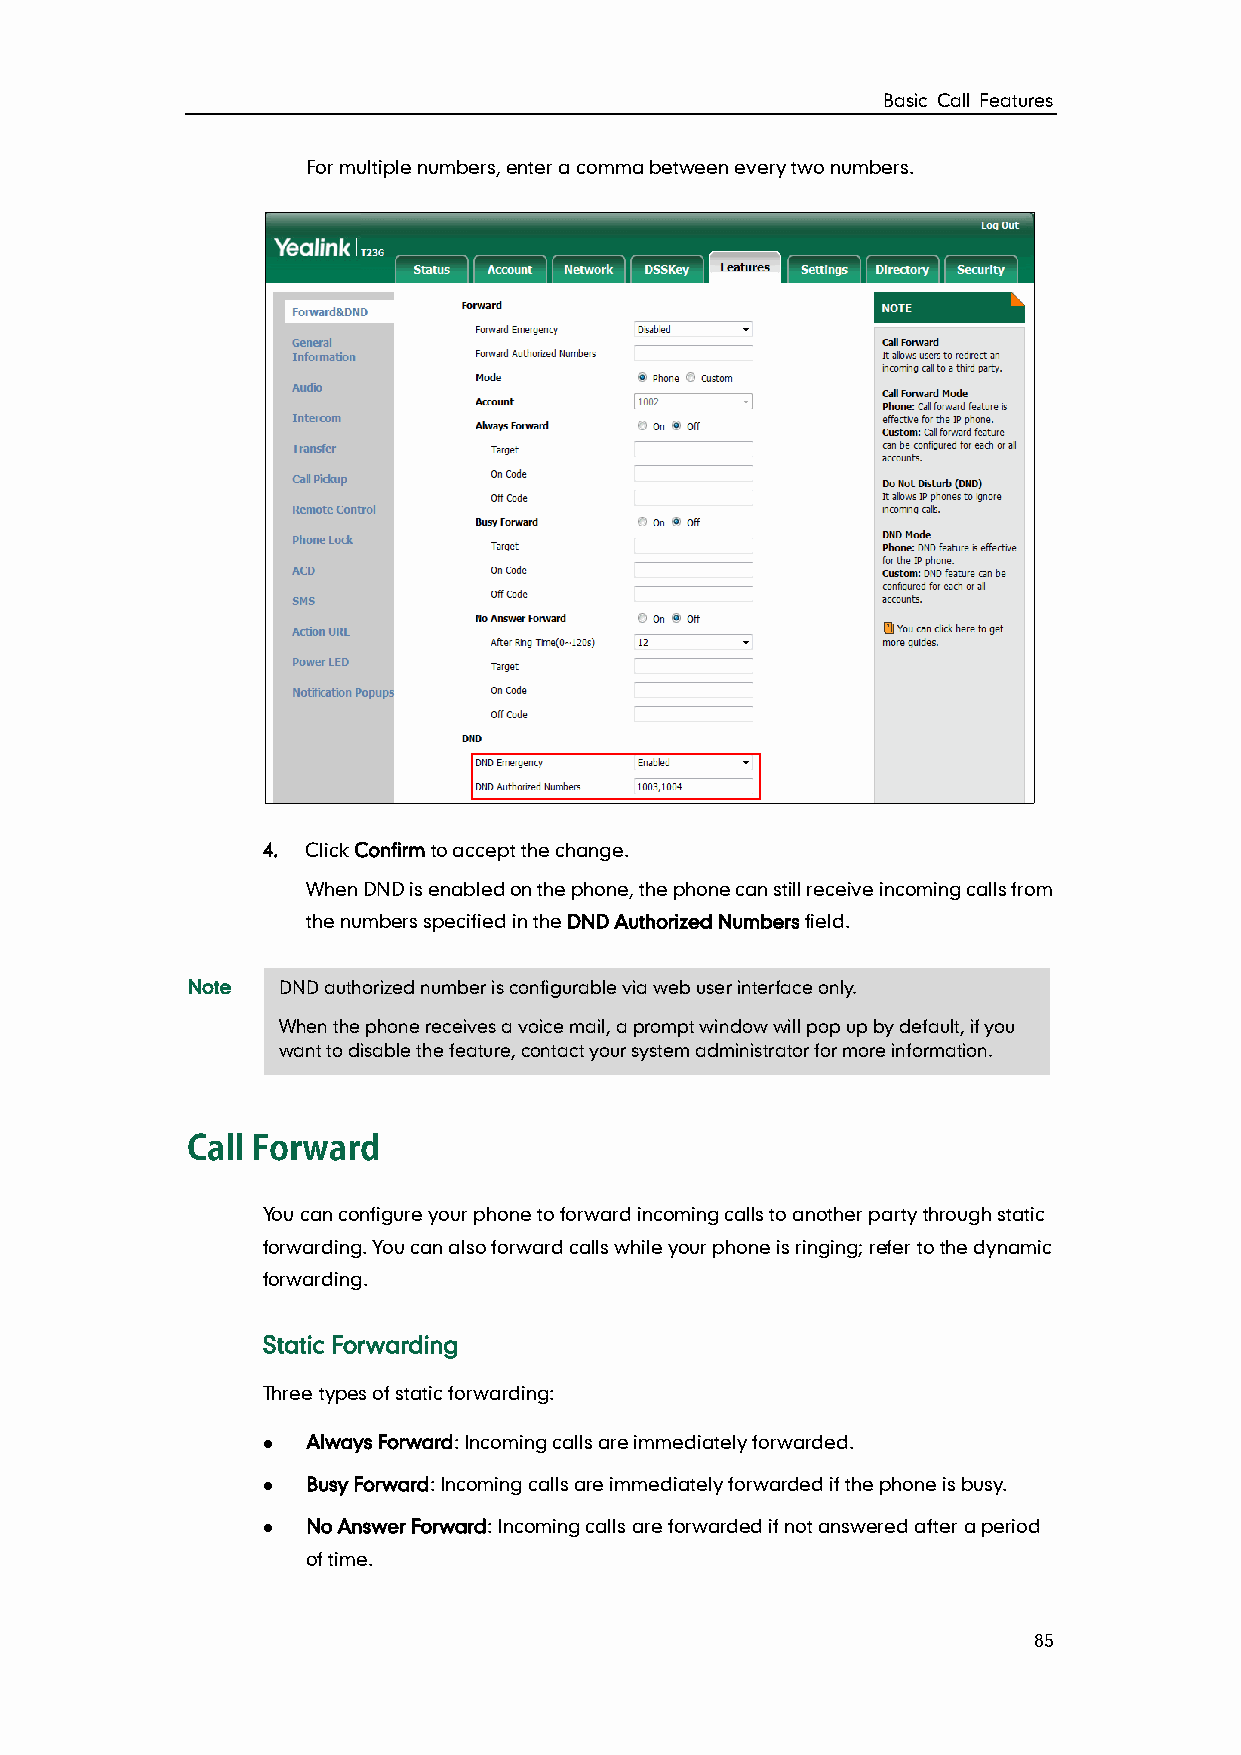
Basic Call Features
 For multiple numbers, enter a comma between every two numbers.
 4. Click Confirm to accept the change.
 When DND is enabled on the phone, the phone can still receive incoming calls from
 the numbers specified in the DND Authorized Numbers field.
 Note  DND authorized number is configurable via web user interface only.
 When the phone receives a voice mail, a prompt window will pop up by default, if you
 want to disable the feature, contact your system administrator for more information.
 You can configure your phone to forward incoming calls to another party through static
 forwarding. You can also forward calls while your phone is ringing; refer to the dynamic
 forwarding.
 Static Forwarding
 Three types of static forwarding:
   Always Forward: Incoming calls are immediately forwarded.
   Busy Forward: Incoming calls are immediately forwarded if the phone is busy.
   No Answer Forward: Incoming calls are forwarded if not answered after a period
 of time.
 85